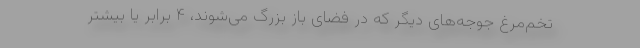
تخم‌مرغ جوجه‌های دیگر که در فضای باز بزرگ می‌شوند، ۴ برابر یا بیشتر